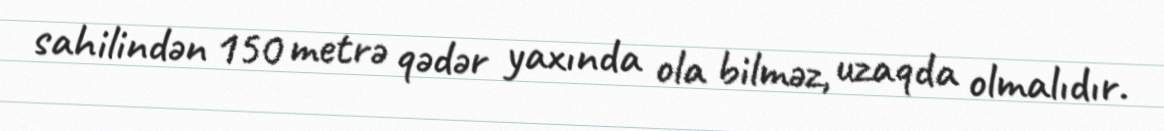
sahilindən 150 metrə qədər yaxında ola bilməz, uzaqda olmalıdır.